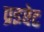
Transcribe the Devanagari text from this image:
प्रइवेट